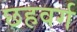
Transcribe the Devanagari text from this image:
छहवर्ग